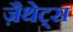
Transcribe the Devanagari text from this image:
ज़ैथेट्स